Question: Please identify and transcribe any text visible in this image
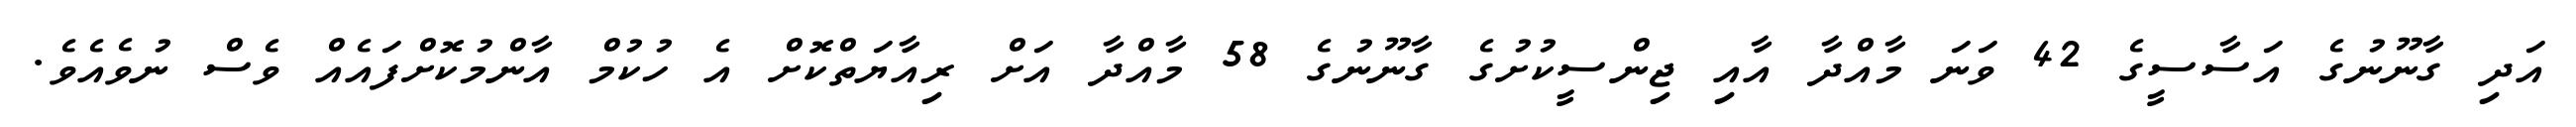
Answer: އަދި ގާނޫނުގެ އަސާސީގެ 42 ވަނަ މާއްދާ އާއި ޖިންސީކުށުގެ ގާނޫނުގެ 58 މާއްދާ އަށް ރިއާޔަތްކޮށް އެ ހުކުމް އާންމުކޮށްފައެއް ވެސް ނުވެއެވެ.